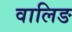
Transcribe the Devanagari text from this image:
वालिङ